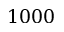
1 0 0 0